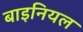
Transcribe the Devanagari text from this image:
बाइनियल